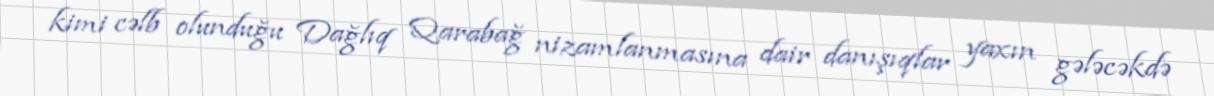
kimi cəlb olunduğu Dağlıq Qarabağ nizamlanmasına dair danışıqlar yaxın gələcəkdə